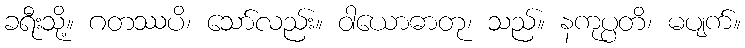
ခရီးသို့။ ဂတဿပိ၊ သော်လည်း။ ဝါယောဓာတု၊ သည်။ နကုပ္ပတိ၊ မပျက်။